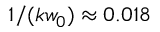
1 / ( k w _ { 0 } ) \approx 0 . 0 1 8